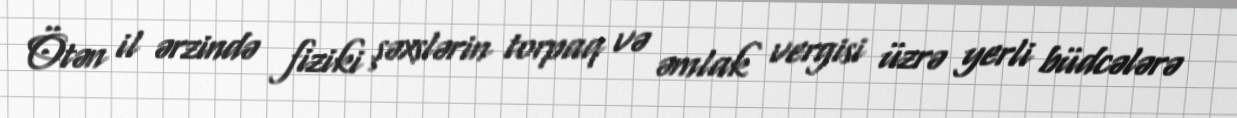
Ötən il ərzində fiziki şəxslərin torpaq və əmlak vergisi üzrə yerli büdcələrə